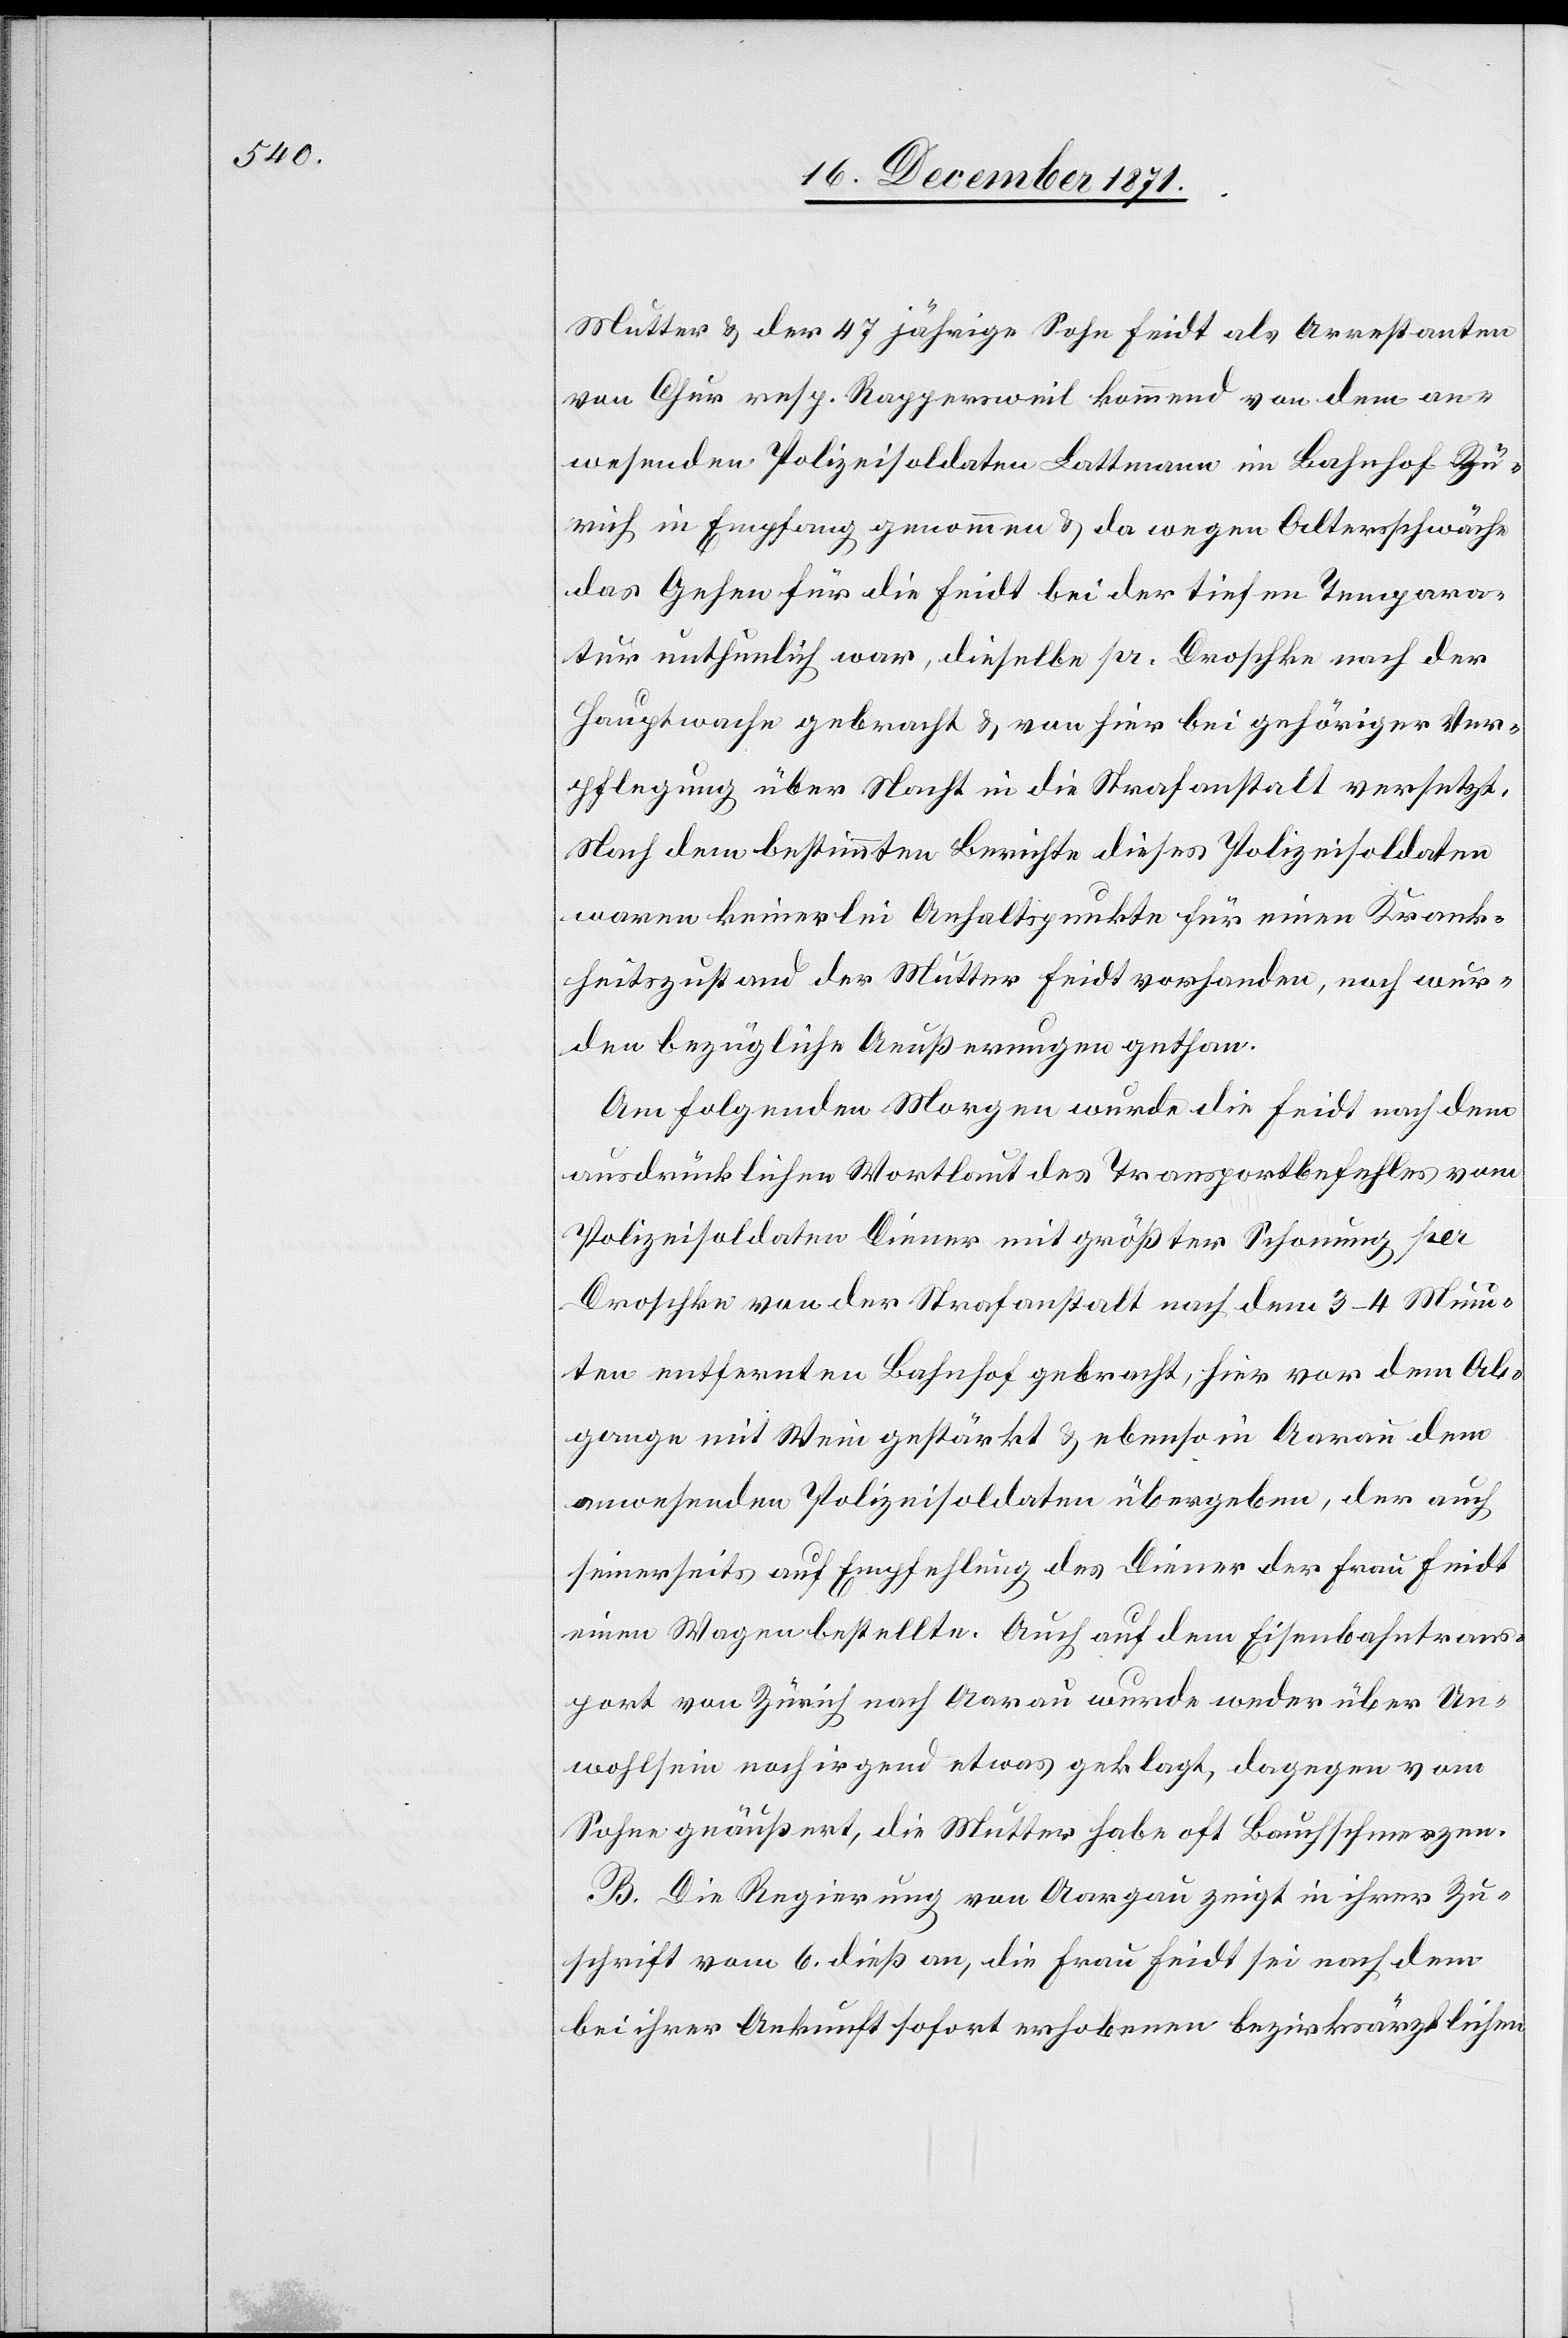
Mutter & der 47 jährige Sohn Feidt als Arrestanten
von Chur resp. Rappersweil kommend von dem an¬
wesenden Polizeisoldaten Battmann im Bahnhof Zü¬
rich in Empfang genommen & da wegen Altersschwäche
das Gehen für die Feidt bei der tiefen Tempera¬
tur unthunlich war, dieselbe pr. Droschke nach der
Hauptwache gebracht & von hier bei gehöriger Ver¬
pflegung über Nacht in die Strafanstalt versetzt.
Nach dem bestimmten Berichte dieses Polizeisoldaten
waren keinerlei Anhaltspunkte für einen Krank¬
heitszustand der Mutter Feidt vorhanden, noch wur¬
den bezügliche Aeußerungen gethan.
Am folgenden Morgen wurde die Feidt nach dem
ausdrücklichen Wortlaut des Transportbefehles vom
Polizeisoldaten Diener mit größter Schonung per
Droschke von der Strafanstalt nach dem 3–4 Minu¬
ten entfernten Bahnhof gebracht, hier vor dem Ab¬
gange mit Wein gestärkt & ebenso in Aarau dem
anwesenden Polizeisoldaten übergeben, der auch
seinerseits auf Empfehlung des Diener der Frau Feidt
einen Wagen bestellte. Auch auf dem Eisenbahntrans¬
port von Zürich nach Aarau wurde weder über Un¬
wohlsein noch irgend etwas geklagt, dagegen vom
Sohne geäußert, die Mutter habe oft Bauchschmerzen.
B. Die Regierung von Aargau zeigt in ihrer Zu¬
schrift vom 6. dieß an, die Frau Feidt sei nach dem
bei ihrer Ankunft sofort erhobenen bezirksärztlichen